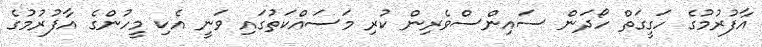
އާފުރުމުގެ ހަގީގަތް ހޯދަން ސައިންސްވެރިން ކުރި މަސައްކަތުގައި ވަނީ އެކި މީހުންގެ އާފުރުމުގެ